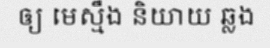
ឲ្យ មេស្មឹង និយាយ ឆ្លង